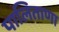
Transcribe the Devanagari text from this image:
पालिताणा